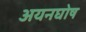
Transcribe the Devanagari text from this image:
अयनघोष